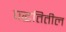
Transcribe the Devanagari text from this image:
पद्धतितील